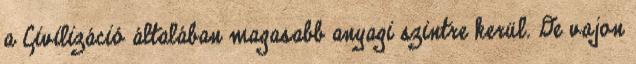
a Civilizáció általában magasabb anyagi szintre kerül. De vajon